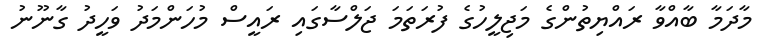
މާދަމާ ބާއްވާ ރައްޔިތުންގެ މަޖިލީހުގެ ފުރަތަމަ ޖަލްސާގައި ރައީސް މުހަންމަދު ވަހީދު ގާނޫނު